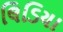
લિડિયા